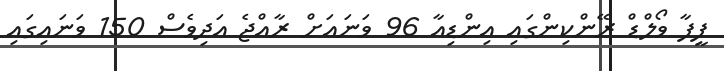
ފީފާ ވޯލްޑް ރޭންކިންގައި އިންޑިއާ 96 ވަނައަށް ރާއްޖެ އަދިވެސް 150 ވަނައިގައި